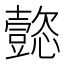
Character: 㦤